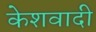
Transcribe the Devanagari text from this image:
केशवादी